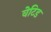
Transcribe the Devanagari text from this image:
वेटिड